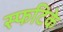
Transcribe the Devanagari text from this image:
स्फटिके